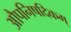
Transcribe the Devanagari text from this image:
औपनिषदिकम्